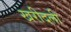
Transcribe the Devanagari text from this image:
खरीदली